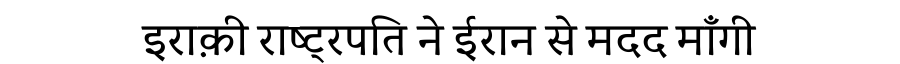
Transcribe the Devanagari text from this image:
इराक़ी राष्ट्रपति ने ईरान से मदद माँगी